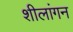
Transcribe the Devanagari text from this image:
शीलांगन